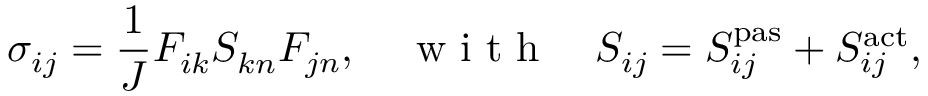
\sigma _ { i j } ^ { \phantom { } } = \frac { 1 } { J } F _ { i k } ^ { \phantom { } } S _ { k n } ^ { \phantom { } } F _ { j n } ^ { \phantom { } } , \quad \mathrm { ~ w ~ i ~ t ~ h ~ } \quad S _ { i j } ^ { \phantom { } } = S _ { i j } ^ { \mathrm { p a s } } + S _ { i j } ^ { \mathrm { a c t } } ,